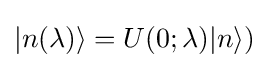
|n(\lambda )\rangle =U(0;\lambda )|n\rangle )